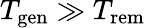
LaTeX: T_{\mathrm{gen}}\gg T_{\mathrm{rem}}